Indian journal of veterinary science and animal husbandry - Volume 7,
Year: 1937
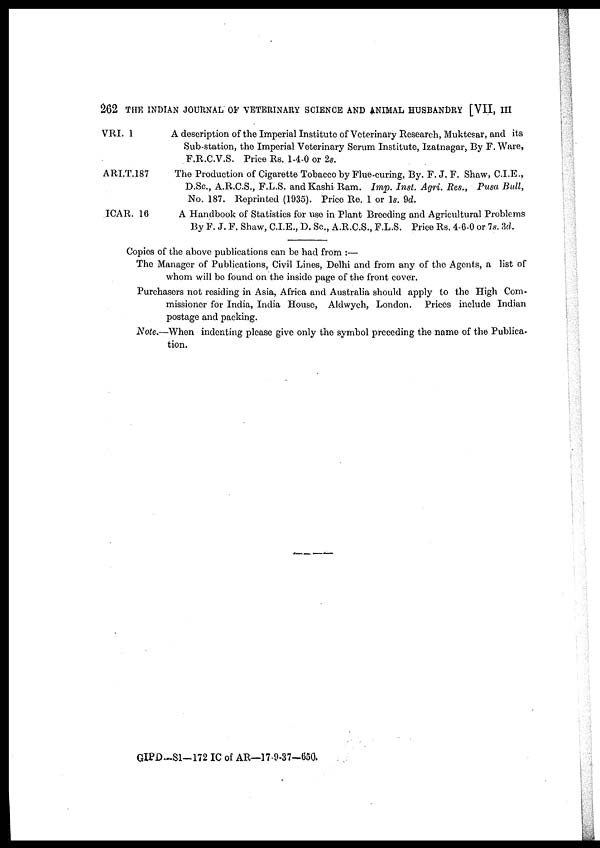
262 THE INDIAN JOURNAL OF VETERINARY SCIENCE AND ANIMAL HUSBANDRY [VII, III
VRI. 1
ARI.T.187
ICAR. 16
A description of the Imperial Institute of Veterinary Research, Muktesar, and its
Sub-station, the Imperial Veterinary Serum Institute, Izatnagar, By F. Ware,
F.R.C.V.S. Price Rs. 1-4-0 or 2s.
The Production of Cigarette Tobacco by Flue-curing, By. F. J. F. Shaw, C.I.E.,
D.Sc., A.R.C.S., F.L.S. and Kashi Ram. Imp. Inst. Agri. Res., Pusa Bull,
No. 187. Reprinted (1935). Price Re. 1 or 1s. 9d.
A Handbook of Statistics for use in Plant Breeding and Agricultural Problems
By F. J. F. Shaw, C.I.E., D. Sc., A.R.C.S., F.L.S. Price Rs. 4-6-0 or 7s. 3d.
Copies of the above publications can be had from :—
The Manager of Publications, Civil Lines, Delhi and from any of the Agents, a list of
whom will be found on the inside page of the front cover.
Purchasers not residing in Asia, Africa and Australia should apply to the High Com-
missioner for India, India House, Aldwych, London. Prices include Indian
postage and packing.
Note.—When indenting please give only the symbol preceding the name of the Publica-
tion.
GIPD-S1-172 IC of AR—17-9-37-650.